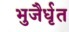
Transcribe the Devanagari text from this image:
भुजैर्धृत